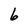
Character: 6